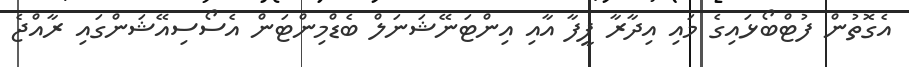
އެގޮތުން ފުޓްބޯޅައިގެ މައި އިދާރާ ފީފާ އާއި އިންޓަނޭޝަނަލް ބެޑްމިންޓަން އެސޯސިއޭޝަންގައި ރާއްޖެ